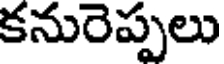
కనురెప్పలు